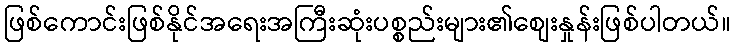
ဖြစ်ကောင်းဖြစ်နိုင်အရေးအကြီးဆုံးပစ္စည်းများ၏စျေးနှုန်းဖြစ်ပါတယ်။